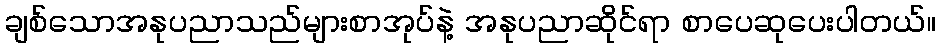
ချစ်သောအနုပညာသည်များစာအုပ်နဲ့ အနုပညာဆိုင်ရာ စာပေဆုပေးပါတယ်။